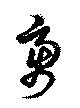
虜